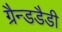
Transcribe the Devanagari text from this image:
ग्रैन्डडैडी